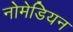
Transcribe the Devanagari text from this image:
नोमेडियन